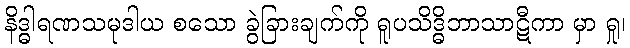
နိဒ္ဓါရဏသမုဒါယ စသော ခွဲခြားချက်ကို ရူပသိဒ္ဓိဘာသာဋီကာ မှာ ရှု၊